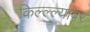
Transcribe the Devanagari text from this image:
किल्ल्ल्यावर